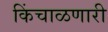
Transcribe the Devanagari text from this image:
किंचाळणारी